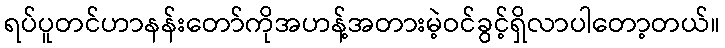
ရပ်ပူတင်ဟာနန်းတော်ကိုအဟန့်အတားမဲ့ဝင်ခွင့်ရှိလာပါတော့တယ်။